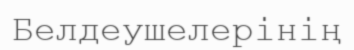
Белдеушелерінің